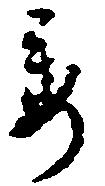
委